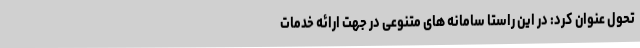
تحول عنوان کرد: در این راستا سامانه های متنوعی در جهت ارائه خدمات